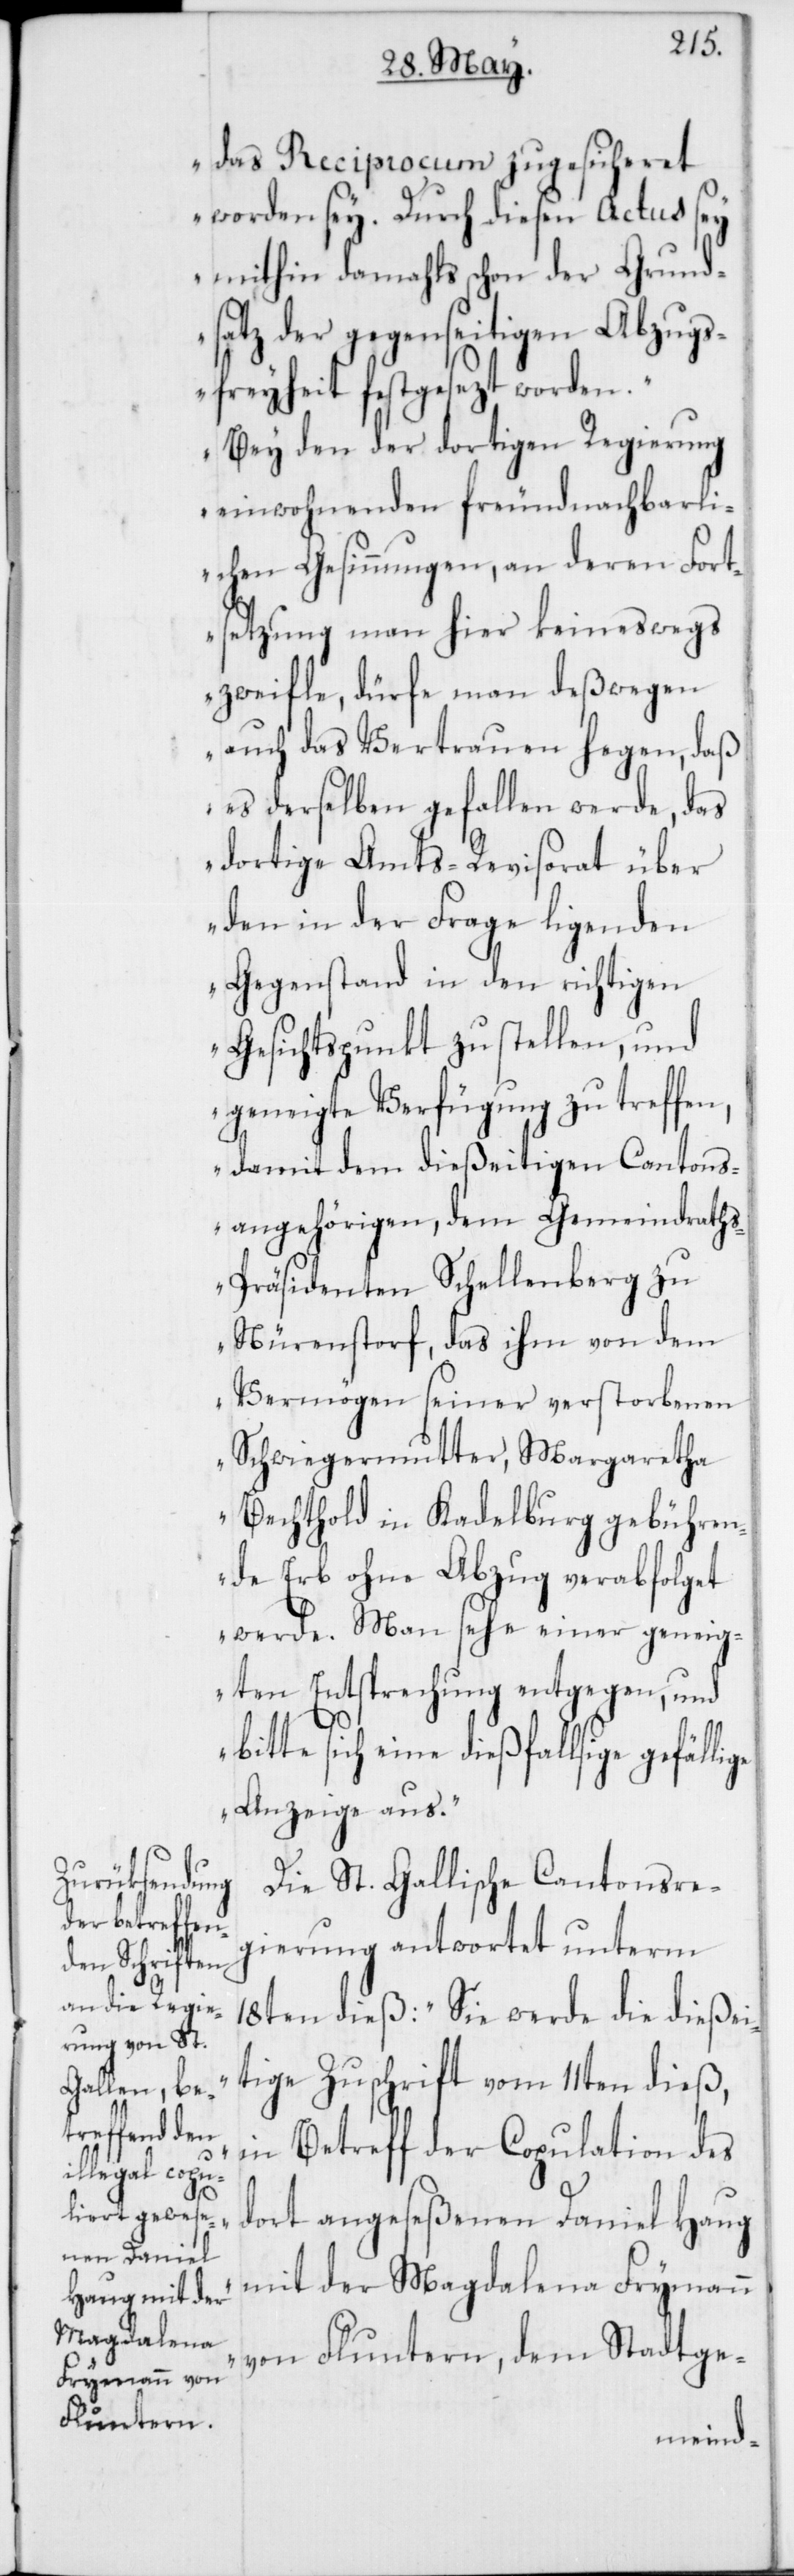
das Reciprocum zugesicheret
worden sey. Durch diesen Actus sey
mithin damahls schon der Grund¬
satz der gegenseitigen Abzugs¬
freyheit festgesezt worden.
Bey den der dortigen Regierung
einwohnenden freundnachbarli¬
chen Gesinnungen, an deren Fort¬
setzung man hier keineswegs
zweifle, dürfe man deßwegen
auch das Vertrauen hegen, daß
es derselben gefallen werde, das
dortige Amts-Revisorat über
den in der Frage ligenden
Gegenstand in den richtigen
Gesichtspunkt zu stellen, und
geneigte Verfügung zu treffen,
damit dem dießeitigen Cantons¬
angehörigen, dem Gemeindrath¬
s-Präsidenten Schellenberg zu
Nürenstorf, das ihm von dem
Vermögen seiner verstorbenen
Schwiegermutter, Margaretha
Bechthold in Kadelburg gebühre¬
nde Erb ohne Abzug verabfolget
werde. Man sehe einer geneig¬
ten Entsprechung entgegen, und
bitte sich eine dießfallsige gefälli¬
ge Anzeige aus.“
Die St. Gallische Cantonsre¬
gierung antwortet unterm
18ten dieß: „Sie werde die dießei¬
tige Zuschrift vom 11ten dieß,
in Betreff der Copulation des
dort angeseßenen Daniel Haug
mit der Magdalena Frymann
von Fluntern, dem Stadtge-